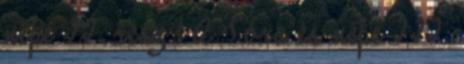
népe II. rész 1 A Tóra és népe III.